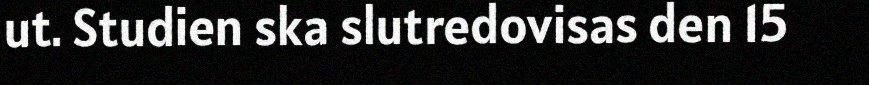
ut. Studien ska slutredovisas den 15